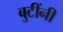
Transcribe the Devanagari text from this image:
बुटींनी